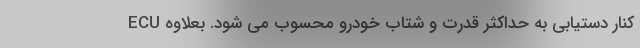
کنار دستیابی به حداکثر قدرت و شتاب خودرو محسوب می شود. بعلاوه ECU